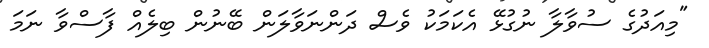
"މިއަދުގެ ސުވާލާ ނުގުޅޭ އެކަމަކު ވެސް ދަންނަވާލަން ބޭނުން ބިލެއް ފާސްވާ ނަމަ